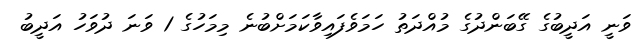
ވަނީ އަދީބުގެ ގޭބަންދުގެ މުއްދަތު ހަމަވެފައިވާކަމަށްބުނެ މިމަހުގެ 1 ވަނަ ދުވަހު އަދީބު